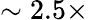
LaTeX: \sim 2.5\times